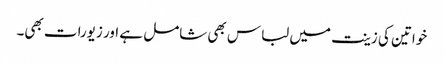
خواتین کی زینت میں لباس بھی شامل ہے اور زیورات بھی۔